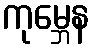
ကုမ္ဘေန